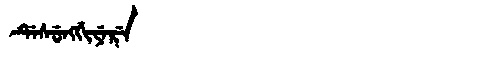
Manchu: ᡩᡝᠰᡠᠩᡤᡳᠶᡝᡵᡝ
Romanization: DESUNGGIYERE